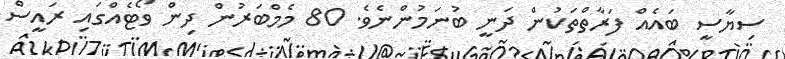
ސިޔާސީ ބައެއް ފަރާތްތަކުން ދަނީ ބުނަމުންނެވެ. 80 މެމްބަރުން ދިން ވޯޓެއްގައި ރައީސް